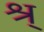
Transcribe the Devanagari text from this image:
श्र्